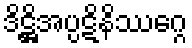
ဒိဋ္ဌိအပ္ပဋိနိဿဂ္ဂေ